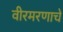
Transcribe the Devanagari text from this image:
वीरमरणाचे